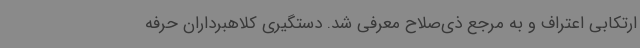
ارتکابی اعتراف و به مرجع ذی‌صلاح معرفی شد. دستگیری کلاهبرداران حرفه